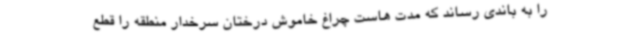
را به باندی رساند که مدت هاست چراغ خاموش درختان سرخدار منطقه را قطع